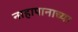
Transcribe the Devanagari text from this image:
नाहापानाच्या